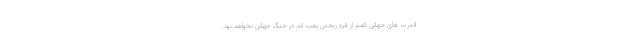
قدرت های جهانی کمتر از فرو ریختن بمب اتم در جنگ جهانی نخواهد بود.